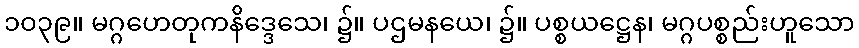
၁၀၃၉။ မဂ္ဂဟေတုကနိဒ္ဒေသေ၊ ၌။ ပဌမနယေ၊ ၌။ ပစ္စယဋ္ဌေန၊ မဂ္ဂပစ္စည်းဟူသော